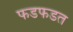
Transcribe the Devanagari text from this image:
फडफडत